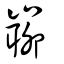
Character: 㟹